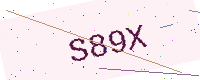
Text: S89X